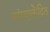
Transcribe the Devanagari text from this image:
परंपराकेंद्रित